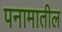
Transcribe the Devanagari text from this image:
पनामातील